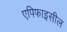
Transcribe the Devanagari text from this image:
एपिफाइसील